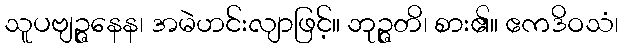
သူပဗျဉ္ဇနေန၊ အမဲဟင်းလျာဖြင့်။ ဘုဉ္ဇတိ၊ စား၏။ ဧကဒိဝသံ၊